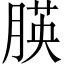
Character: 朠